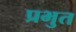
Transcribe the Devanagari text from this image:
प्रभुत